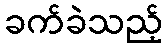
ခက်ခဲသည့်